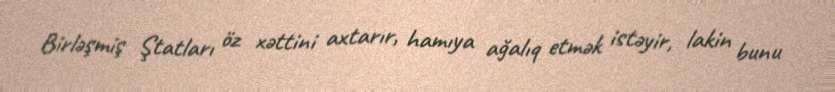
Birləşmiş Ştatları öz xəttini axtarır, hamıya ağalıq etmək istəyir, lakin bunu